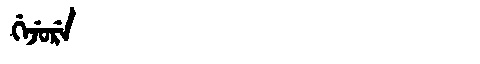
Manchu: ᡤᡝᠵᡠᡵᡝ
Romanization: GEJURE